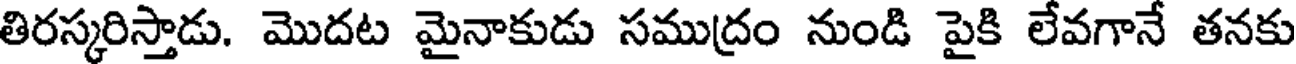
తిరస్కరిస్తాడు. మొదట మైనాకుడు సముద్రం నుండి పైకి లేవగానే తనకు